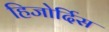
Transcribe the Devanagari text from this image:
हिजोर्दिस